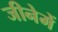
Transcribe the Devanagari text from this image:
जीनेमें